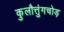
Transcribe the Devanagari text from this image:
कुलौत्तुंगचोड़